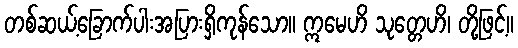
တစ်ဆယ့်ခြောက်ပါးအပြားရှိကုန်သော။ ဣမေဟိ သုတ္တေဟိ၊ တို့ဖြင့်။